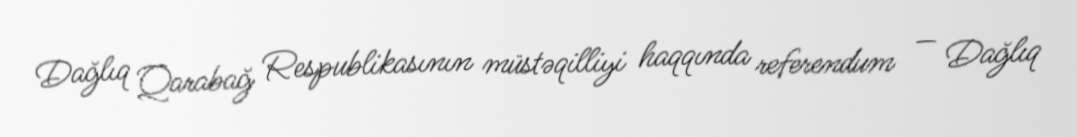
Dağlıq Qarabağ Respublikasının müstəqilliyi haqqında referendum — Dağlıq